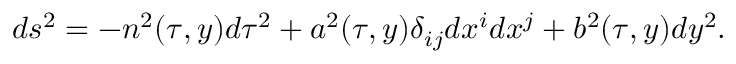
d s ^ { 2 } = - n ^ { 2 } ( \tau , y ) d \tau ^ { 2 } + a ^ { 2 } ( \tau , y ) \delta _ { i j } d x ^ { i } d x ^ { j } + b ^ { 2 } ( \tau , y ) d y ^ { 2 } .